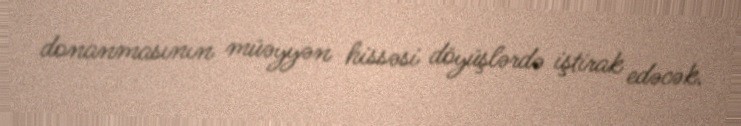
donanmasının müəyyən hissəsi döyüşlərdə iştirak edəcək.